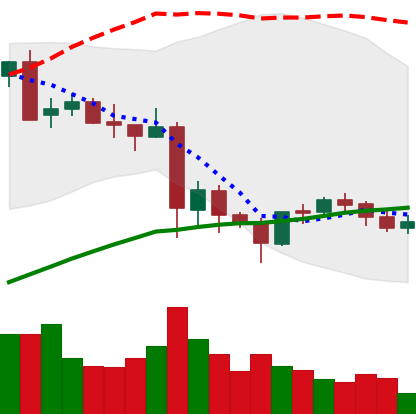
Ticker: LTC-USD
Chart end date: 2021-05-30
Forward return: 4.617%
Label: up_3_5